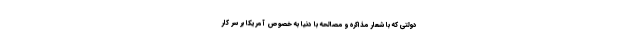
دولتی که با شعار مذاکره و مصالحه با دنیا به خصوص آمریکا بر سر کار